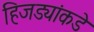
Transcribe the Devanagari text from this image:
हिजड्यांकडे